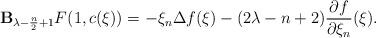
LaTeX: \begin{gather*}\mathbf B_{\lambda -\frac{n}{2}+1}F(1,c(\xi)) =- \xi_n \Delta f (\xi) -(2\lambda-n+2) \frac{\partial f}{\partial \xi_n} (\xi).\end{gather*}